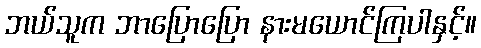
ဘယ်သူက ဘာပြောပြော နားမယောင်ကြပါနှင့်။